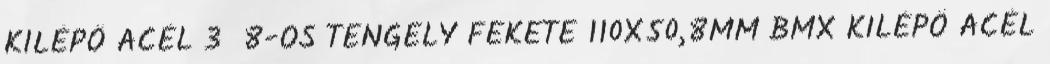
KILÉPŐ ACÉL 3 8-OS TENGELY FEKETE 110X50,8MM BMX KILÉPŐ ACÉL